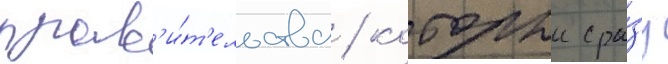
прав'и́т'ельства / которыи сра́зу